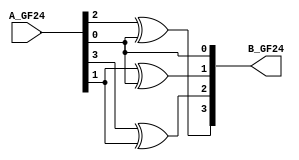
`timescale 1ns / 1ps
//////////////////////////////////////////////////////////////////////////////////
// Company: 
// Engineer: 
// 
// Design Name: 
// Module Name:    SquMulPhi 
// Project Name: 
// Target Devices: 
// Tool versions: 
// Description: 
//
// Dependencies: 
//
// Revision: 
// Revision 0.01 - File Created
// Additional Comments: 
//
//////////////////////////////////////////////////////////////////////////////////
module SquMulPhi(
    input [3:0] A_GF24,
    output wire [3:0] B_GF24
    );

	assign  B_GF24[3] =   A_GF24[2] ^ A_GF24[0];
	assign  B_GF24[2] =   A_GF24[3] ^ A_GF24[1];
	assign  B_GF24[1] =   A_GF24[1] ^ A_GF24[0];	
	assign  B_GF24[0] =   A_GF24[0];		



endmodule